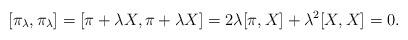
LaTeX: \begin{align*}[\pi_{\lambda},\pi_{\lambda}] & =[\pi+\lambda X,\pi+\lambda X]=2\lambda[\pi,X]+\lambda^2[X,X]=0.\end{align*}